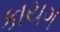
કાયગ